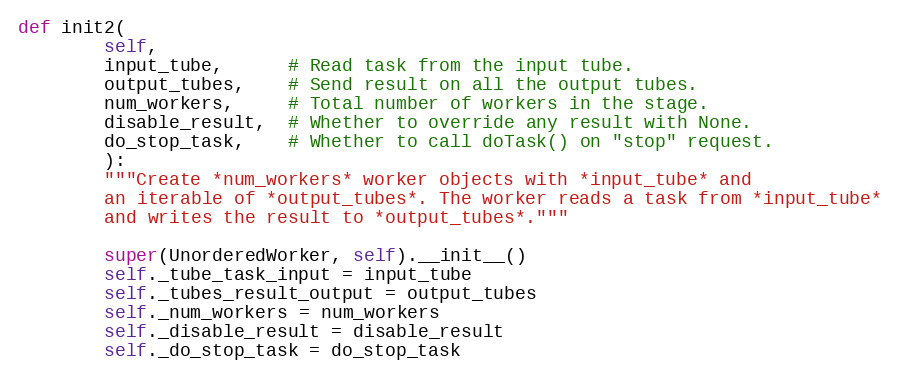
Language: Python
def init2(
        self,
        input_tube,      # Read task from the input tube.
        output_tubes,    # Send result on all the output tubes.
        num_workers,     # Total number of workers in the stage.
        disable_result,  # Whether to override any result with None.
        do_stop_task,    # Whether to call doTask() on "stop" request.
        ):
        """Create *num_workers* worker objects with *input_tube* and
        an iterable of *output_tubes*. The worker reads a task from *input_tube*
        and writes the result to *output_tubes*."""

        super(UnorderedWorker, self).__init__()
        self._tube_task_input = input_tube
        self._tubes_result_output = output_tubes
        self._num_workers = num_workers
        self._disable_result = disable_result
        self._do_stop_task = do_stop_task